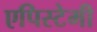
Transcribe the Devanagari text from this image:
एपिस्टेमी